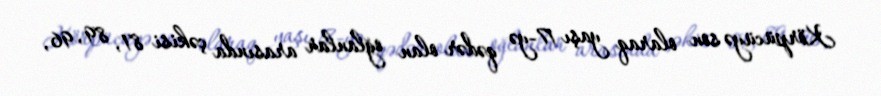
Körpücüyə son olaraq yaşı 17-yə qədər olan oğlanlar arasında çəkisi 81, 89, 96,